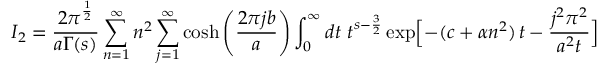
I _ { 2 } = { \frac { 2 \pi ^ { \frac { 1 } { 2 } } } { a \Gamma ( s ) } } \sum _ { n = 1 } ^ { \infty } n ^ { 2 } \sum _ { j = 1 } ^ { \infty } \cosh \left( { \frac { 2 \pi j b } { a } } \right) \int _ { 0 } ^ { \infty } d t \ t ^ { s - { \frac { 3 } { 2 } } } \exp \Bigl [ - ( c + \alpha n ^ { 2 } ) \, t - \frac { j ^ { 2 } \pi ^ { 2 } } { a ^ { 2 } t } \Bigr ]